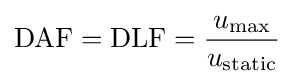
{\text{DAF}}={\text{DLF}}={\frac {u_{\max }}{u_{\text{static}}}}